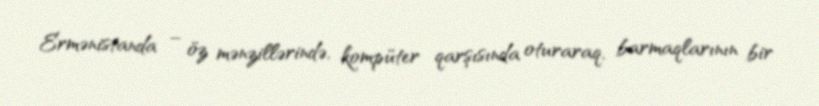
Ermənistanda – öz mənzillərində, kompüter qarşısında oturaraq, barmaqlarının bir